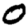
Digit: 0